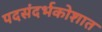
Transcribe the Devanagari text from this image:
पदसंदर्भकोशात